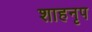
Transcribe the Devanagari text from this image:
शाहनृप